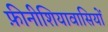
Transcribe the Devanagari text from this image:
फ़ीनीशियावासियों